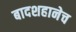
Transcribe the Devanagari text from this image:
बादशहानेच